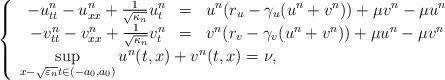
LaTeX: \begin{align*}\left\{\begin{array}{l}\begin{array}{rcl}-u^n_{tt}-u^n_{xx}+\frac{1}{\sqrt{\kappa_n}}u^n_{t}&=&u^n(r_u-\gamma_u(u^n+v^n))+\mu v^n-\mu u^n \\-v^n_{tt}-v^n_{xx}+\frac{1}{\sqrt{\kappa_n}}v^n_{t}&=&v^n(r_v-\gamma_v(u^n+v^n))+\mu u^n-\mu v^n \\\end{array} \\\underset{x-{\sqrt{\varepsilon_n}}t\in (-a_0, a_0)}{\sup}\,u^n(t,x)+v^n(t,x) = \nu,\end{array}\right.\end{align*}